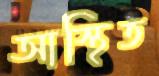
আস্থিত